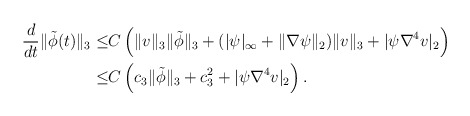
\begin{align*}\frac{d}{dt} \|\tilde{\phi}(t)\|_3\leq& C\left(\|v\|_3\|\tilde{\phi}\|_3+ (|\psi|_\infty+\|\nabla\psi\|_2)\|v\|_3+|\psi \nabla^4 v|_2\right)\\\leq& C\left(c_3\|\tilde{\phi}\|_3+c^2_3+|\psi \nabla^4 v|_2\right).\end{align*}